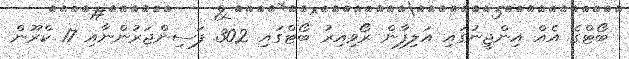
ބޯޓްގެ އެއް އިންޖީނުގައި އަލިފާން ރޯވިއިރު ބޯޓްގައި 302 ފަސިންޖަރުންނާއި 17 ކްރޫން